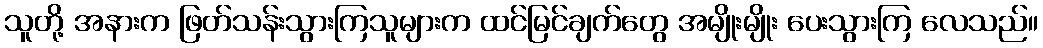
သူတို့ အနားက ဖြတ်သန်းသွားကြသူများက ထင်မြင်ချက်တွေ အမျိုးမျိုး ပေးသွားကြ လေသည်။